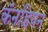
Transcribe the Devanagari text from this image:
कॅनडियन